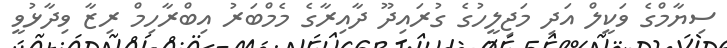
ސިޔާމްގެ ވަކީލް އަދި މަޖިލީހުގެ ގުރައިދޫ ދާއިރާގެ މެމްބަރު އިބްރާހިމް ރިޒާ ވިދާޅުވީ